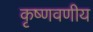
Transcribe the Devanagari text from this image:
कृष्णवणीय